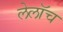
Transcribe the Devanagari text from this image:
लेलॉच